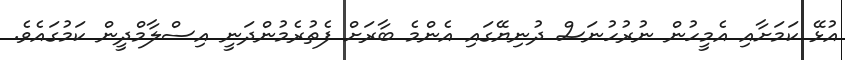
އުޅޭ ކަމަށާއި އެމީހުން ނުރުހުނަސް ދުނިޔޭގައި އެންމެ ބާރަށް ފެތުރެމުންދަނީ އިސްލާމްދީން ކަމުގައެވެ.